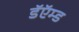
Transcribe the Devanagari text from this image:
डॅऍम्ड